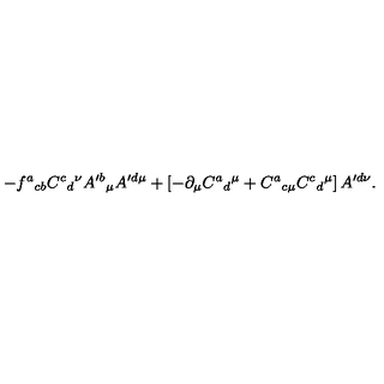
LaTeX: - f ^ { a } { } _ { c b } C ^ { c } { } _ { d } { } ^ { \nu } A ^ { \prime b } { } _ { \mu } A ^ { \prime d \mu } + \left[ - \partial _ { \mu } C ^ { a } { } _ { d } { } ^ { \mu } + C ^ { a } { } _ { c \mu } C ^ { c } { } _ { d } { } ^ { \mu } \right] A ^ { \prime d \nu } .